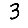
Digit: 3